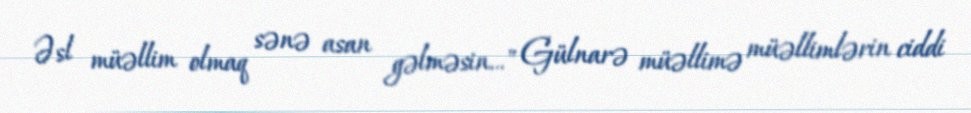
Əsl müəllim olmaq sənə asan gəlməsin..." Gülnarə müəllimə müəllimlərin ciddi